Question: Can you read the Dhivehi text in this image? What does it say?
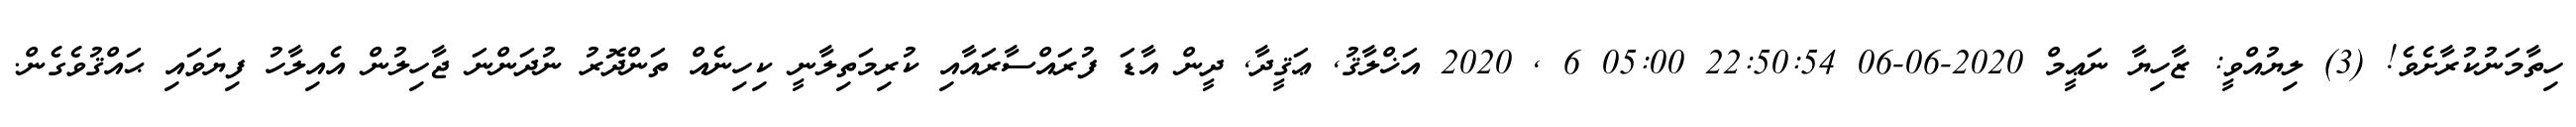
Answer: ހިތާމަނުކުރާށެވެ! (3) ލިޔުއްވީ: ޒާހިޔާ ނަޢީމް 2020-06-06 22:50:54 05:00 6 , 2020 އަޚްލާޤު, ޢަޤީދާ, ދީން އާޑަ ފުރައްސާރައާއި ކުރިމަތިލާނީ ކިހިނެއް ތަންދޮރު ނުދަންނަ ޖާހިލުން އެއިލާހު ފިޔަވައި ޙައްޤުވެގެން.